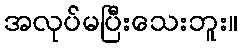
အလုပ်မပြီးသေးဘူး။